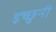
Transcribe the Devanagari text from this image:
इच्छुनी